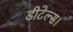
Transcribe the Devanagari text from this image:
डीटेल्स।